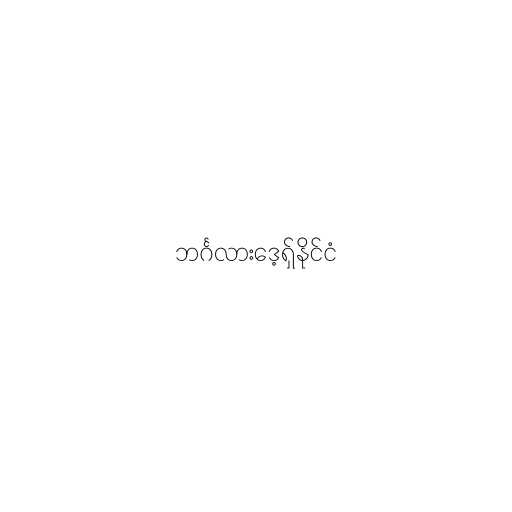
ဘင်္ဂလားဒေ့ရှ်နိုင်ငံ